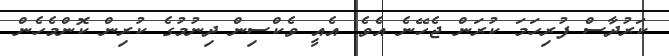
ކަރުދާސް ފުރިހަމަ ކުރަން ޖެހޭނެ އެވެ. އެއީ ވެކްސިން ދިނުމުގެ ކުރިން ކޮންމެހެން